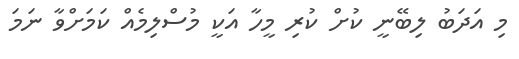
މި އަދަބު ލިބޭނީ ކުށް ކުރި މީހާ އަކީ މުސްލިމެއް ކަމަށްވާ ނަމަ